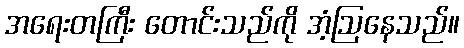
အရေးတကြီး တောင်းသည်ကို အံ့ဩနေသည်။